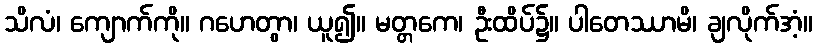
သိလံ၊ ကျောက်ကို။ ဂဟေတွာ၊ ယူ၍။ မတ္တကေ၊ ဦးထိပ်၌။ ပါတေဿာမိ၊ ချလိုက်အံ့။